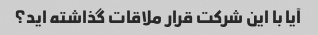
آیا با این شرکت قرار ملاقات گذاشته اید؟